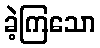
ခဲ့ကြသော